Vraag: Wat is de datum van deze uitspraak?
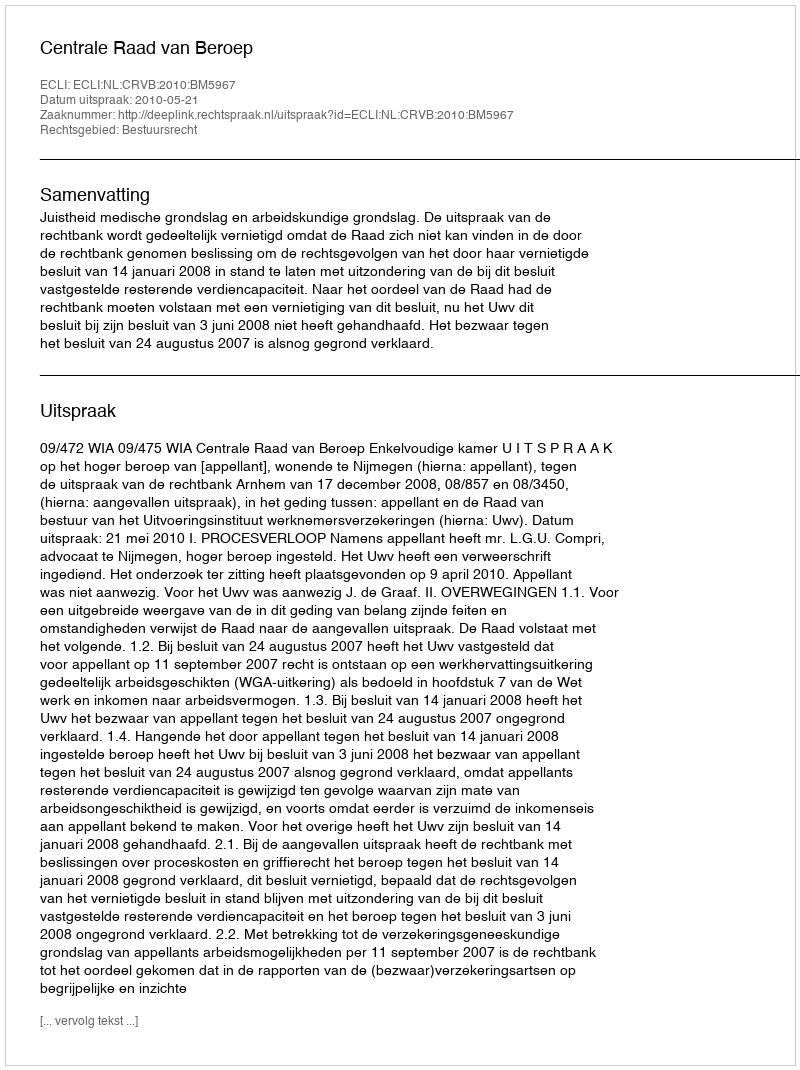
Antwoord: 2010-05-21